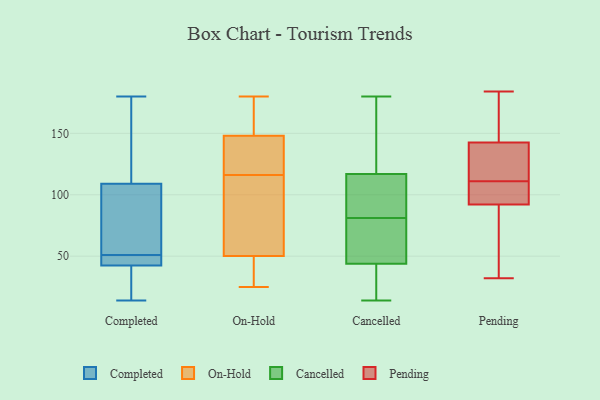
{"axis": {"x": "Demand Index", "y": "Value"}, "legend": ["Cancelled", "Completed", "On-Hold", "Pending"], "data": [{"x": "", "y": 41, "type": "Completed"}, {"x": "", "y": 180, "type": "Completed"}, {"x": "", "y": 121, "type": "Completed"}, {"x": "", "y": 51, "type": "Completed"}, {"x": "", "y": 99, "type": "Completed"}, {"x": "", "y": 145, "type": "Completed"}, {"x": "", "y": 105, "type": "Completed"}, {"x": "", "y": 46, "type": "Completed"}, {"x": "", "y": 44, "type": "Completed"}, {"x": "", "y": 67, "type": "Completed"}, {"x": "", "y": 14, "type": "Completed"}, {"x": "", "y": 43, "type": "Completed"}, {"x": "", "y": 23, "type": "Completed"}, {"x": "", "y": 29, "type": "On-Hold"}, {"x": "", "y": 111, "type": "On-Hold"}, {"x": "", "y": 42, "type": "On-Hold"}, {"x": "", "y": 116, "type": "On-Hold"}, {"x": "", "y": 50, "type": "On-Hold"}, {"x": "", "y": 150, "type": "On-Hold"}, {"x": "", "y": 140, "type": "On-Hold"}, {"x": "", "y": 152, "type": "On-Hold"}, {"x": "", "y": 142, "type": "On-Hold"}, {"x": "", "y": 44, "type": "On-Hold"}, {"x": "", "y": 124, "type": "On-Hold"}, {"x": "", "y": 102, "type": "On-Hold"}, {"x": "", "y": 141, "type": "On-Hold"}, {"x": "", "y": 51, "type": "On-Hold"}, {"x": "", "y": 159, "type": "On-Hold"}, {"x": "", "y": 68, "type": "On-Hold"}, {"x": "", "y": 180, "type": "On-Hold"}, {"x": "", "y": 25, "type": "On-Hold"}, {"x": "", "y": 172, "type": "On-Hold"}, {"x": "", "y": 49, "type": "Cancelled"}, {"x": "", "y": 27, "type": "Cancelled"}, {"x": "", "y": 14, "type": "Cancelled"}, {"x": "", "y": 126, "type": "Cancelled"}, {"x": "", "y": 85, "type": "Cancelled"}, {"x": "", "y": 113, "type": "Cancelled"}, {"x": "", "y": 57, "type": "Cancelled"}, {"x": "", "y": 180, "type": "Cancelled"}, {"x": "", "y": 66, "type": "Cancelled"}, {"x": "", "y": 135, "type": "Cancelled"}, {"x": "", "y": 28, "type": "Cancelled"}, {"x": "", "y": 81, "type": "Cancelled"}, {"x": "", "y": 150, "type": "Cancelled"}, {"x": "", "y": 98, "type": "Cancelled"}, {"x": "", "y": 26, "type": "Cancelled"}, {"x": "", "y": 56, "type": "Cancelled"}, {"x": "", "y": 114, "type": "Cancelled"}, {"x": "", "y": 113, "type": "Pending"}, {"x": "", "y": 115, "type": "Pending"}, {"x": "", "y": 93, "type": "Pending"}, {"x": "", "y": 84, "type": "Pending"}, {"x": "", "y": 162, "type": "Pending"}, {"x": "", "y": 133, "type": "Pending"}, {"x": "", "y": 91, "type": "Pending"}, {"x": "", "y": 32, "type": "Pending"}, {"x": "", "y": 109, "type": "Pending"}, {"x": "", "y": 98, "type": "Pending"}, {"x": "", "y": 184, "type": "Pending"}, {"x": "", "y": 152, "type": "Pending"}]}